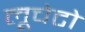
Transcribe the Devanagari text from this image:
लूचेटो